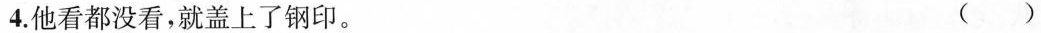
4.他看都没看，就盖上了钢印。 ()